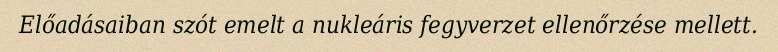
Előadásaiban szót emelt a nukleáris fegyverzet ellenőrzése mellett.